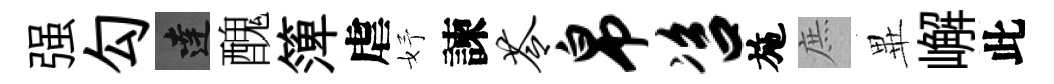
强勾達醜𥱼虐妤諫苓帛咨施庶𭺾嶰此